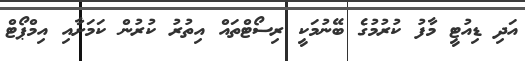
އަދި ޑިއުޓީ މާފު ކުރުމުގެ ބޭނުމަކީ ރިސޯޓްތައް އިތުރު ކުރުން ކަމަށާއި އިމްޕޯޓް